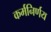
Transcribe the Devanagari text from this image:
कर्मनिर्णय